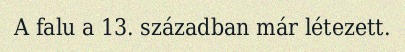
A falu a 13. században már létezett.